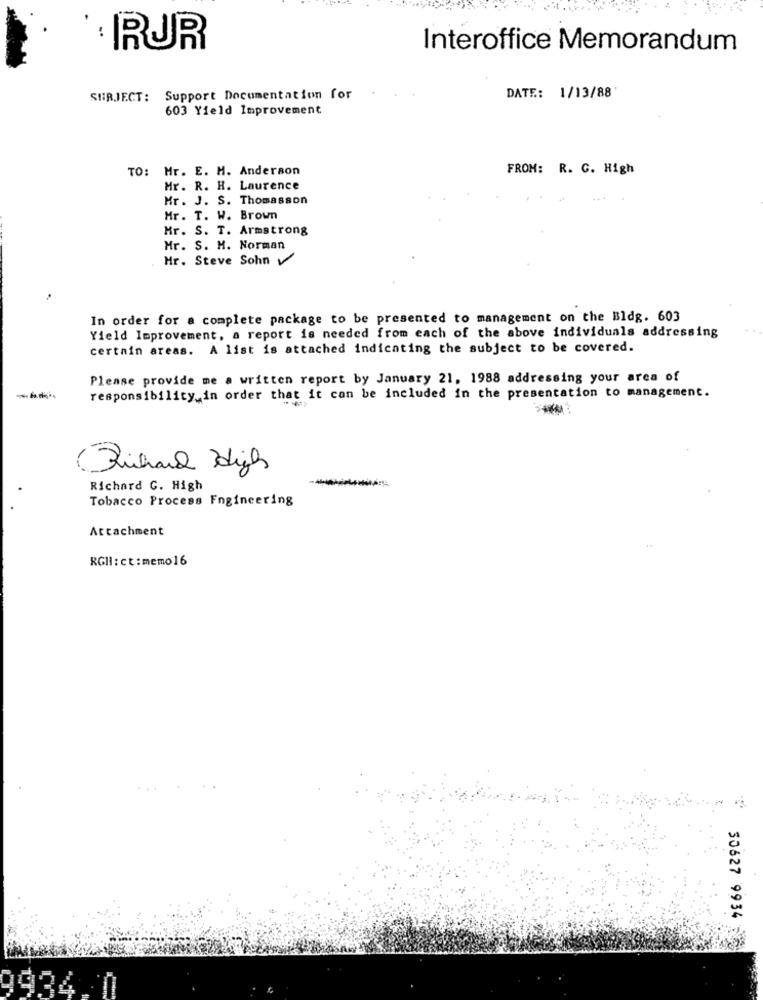
Interoffice Memorandum
SUBJECT: Support Documentation for
DATE: 1/13/88
603 Yield Improvement
TO: Mr. E. M. Anderson
FROM: R. C. High
Mr. R. H. Laurence
Mr. J. S. Thomasson
Mr. T. W. Brown
Mr. S. T. Armstrong
Mr. S. H. Norman
Mr. Steve Sohn
In order for a complete package to be presented to management on the Bldg. 603
Yield Improvement, a report is needed from each of the above individuals addressing
certain areas. A list is attached indicating the subject to be covered.
Please provide me a written report by January 21, 1988 addressing your arca of
--*
responsibility in order that it can be included in the presentation to management.
Richard C. High
Tobacco Process Engineering
Attachment
RGH: ct : memo16
50627 9934